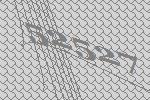
52527